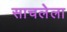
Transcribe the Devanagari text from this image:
साचलेला